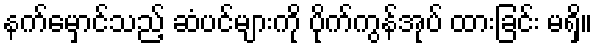
နက်မှောင်သည့် ဆံပင်များကို ပိုက်ကွန်အုပ် ထားခြင်း မရှိ။